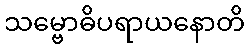
သမ္ဗောဓိပရာယနောတိ